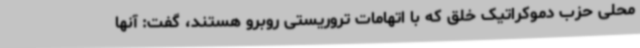
محلی حزب دموکراتیک خلق که با اتهامات تروریستی روبرو هستند، گفت: آنها